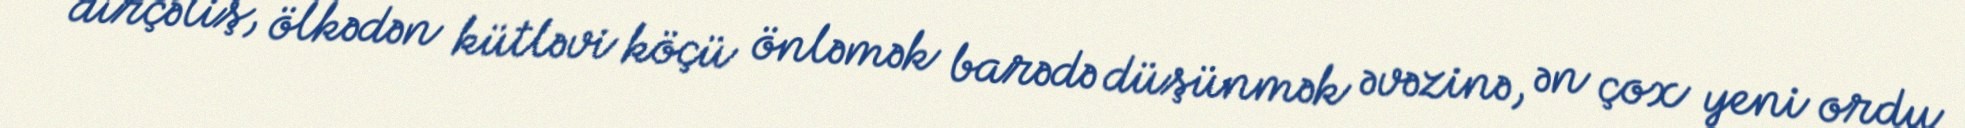
dirçəliş, ölkədən kütləvi köçü önləmək barədə düşünmək əvəzinə, ən çox yeni ordu